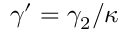
\gamma ^ { \prime } = \gamma _ { 2 } / \kappa